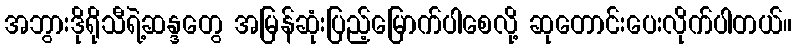
အဘွားဒိုရိုသီရဲ့ဆန္ဒတွေ အမြန်ဆုံးပြည့်မြောက်ပါစေလို့ ဆုတောင်းပေးလိုက်ပါတယ်။